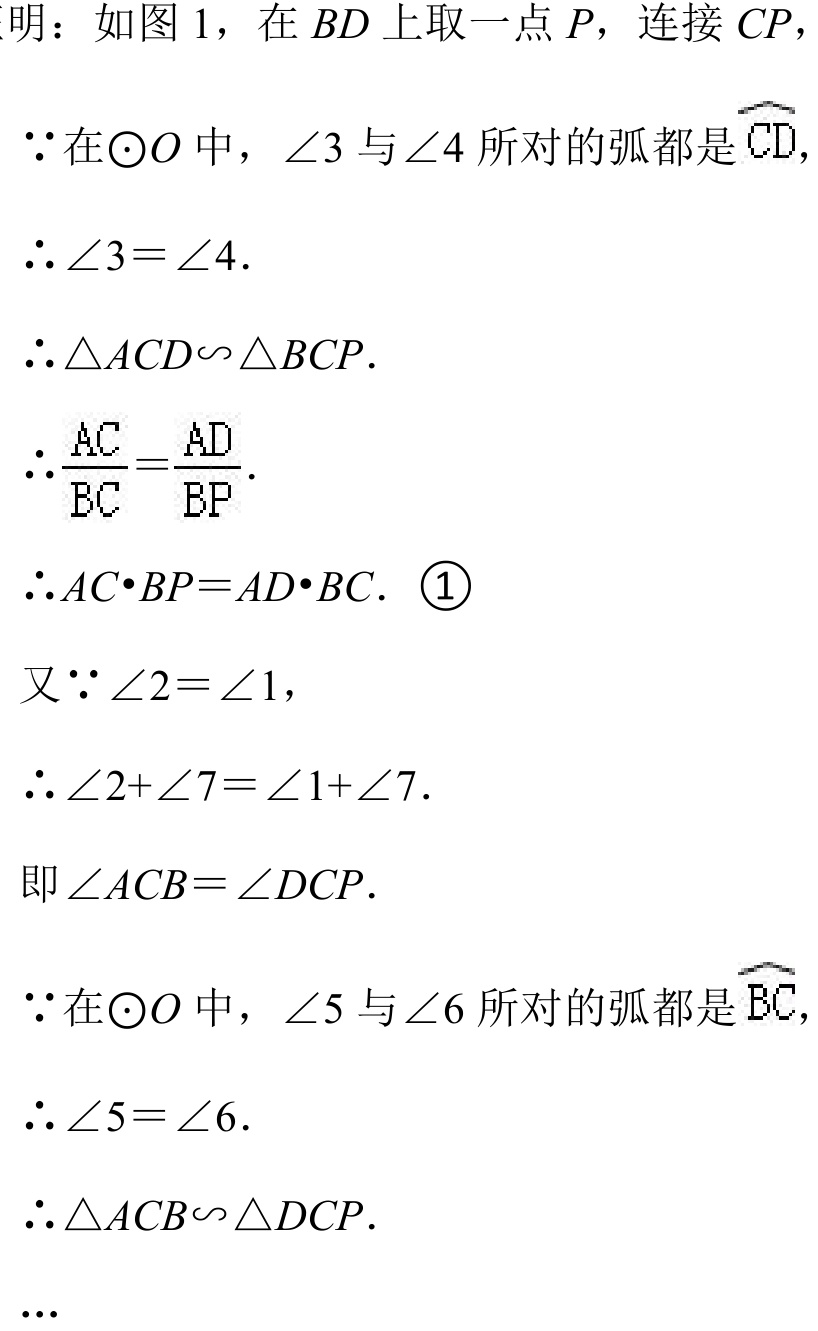
明：如图 1，在 \(BD\) 上取一点 \(P\)，连接 \(CP\)，
\(\because\)在\(\odot O\) 中，\(\angle3\) 与\(\angle4\) 所对的弧都是 \(\overset{\frown}{CD}\)，
\(\therefore\angle3 = \angle4\).
\(\therefore\triangle ACD\sim\triangle BCP\).
\(\therefore\frac{AC}{BC}=\frac{AD}{BP}\).
\(\therefore AC\cdot BP = AD\cdot BC\). \textcircled{1}
又\(\because\angle2 = \angle1\)，
\(\therefore\angle2+\angle7=\angle1 + \angle7\).
即\(\angle ACB=\angle DCP\).
\(\because\)在\(\odot O\) 中，\(\angle5\) 与\(\angle6\) 所对的弧都是 \(\overset{\frown}{BC}\)，
\(\therefore\angle5 = \angle6\).
\(\therefore\triangle ACB\sim\triangle DCP\).
...